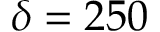
\delta = 2 5 0